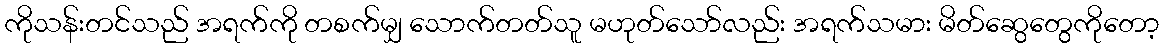
ကိုသန်းတင်သည် အရက်ကို တစက်မျှ သောက်တတ်သူ မဟုတ်သော်လည်း အရက်သမား မိတ်ဆွေတွေကိုတော့